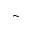
\sim